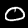
Label: 0